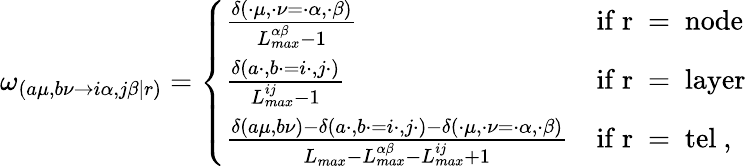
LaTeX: \begin{array}{r}{\omega_{(a\mu,b\nu\rightarrow i\alpha,j\beta|r)}=\left\{ \begin{array}{ll}{\frac{\delta(\cdot\mu,\cdot\nu=\cdot\alpha,\cdot\beta)}{L_{max}^{\alpha\beta}-1}}&{\mathrm{if~r~=~node~}}\\ {\frac{\delta(a\cdot,b\cdot=i\cdot,j\cdot)}{L_{max}^{ij}-1}}&{\mathrm{if~r~=~layer~}}\\ {\frac{\delta(a\mu,b\nu)-\delta(a\cdot,b\cdot=i\cdot,j\cdot)-\delta(\cdot\mu,\cdot\nu=\cdot\alpha,\cdot\beta)}{L_{max}-L_{max}^{\alpha\beta}-L_{max}^{ij}+1}}&{\mathrm{if~r~=~tel~},}\end{array}\right.}\end{array}